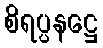
စိရပ္ပနဋ္ဌေ